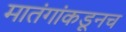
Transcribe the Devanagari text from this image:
मातंगांकडूनच